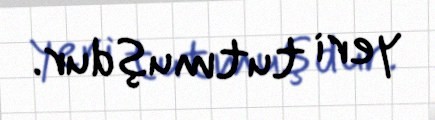
yeri tutmuşdur.